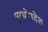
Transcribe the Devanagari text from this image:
मुग्धोपदेश